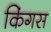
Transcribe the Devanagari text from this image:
किंगस